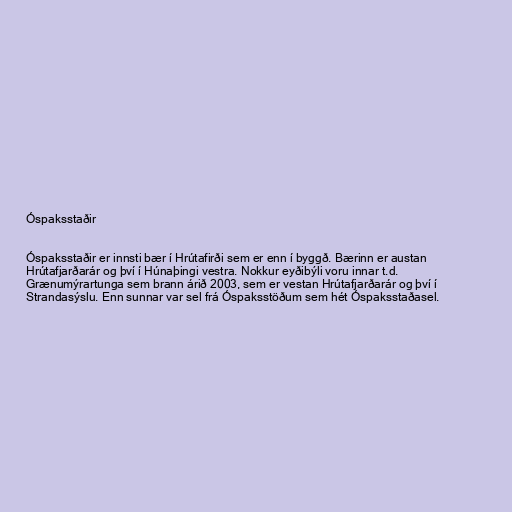
Óspaksstaðir

Óspaksstaðir er innsti bær í Hrútafirði sem er enn í byggð. Bærinn er austan
Hrútafjarðarár og því í Húnaþingi vestra. Nokkur eyðibýli voru innar t.d.
Grænumýrartunga sem brann árið 2003, sem er vestan Hrútafjarðarár og því í
Strandasýslu. Enn sunnar var sel frá Óspaksstöðum sem hét Óspaksstaðasel.